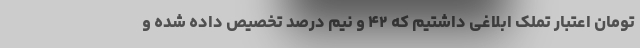
تومان اعتبار تملک ابلاغی داشتیم که ۴۲ و نیم درصد تخصیص داده شده و